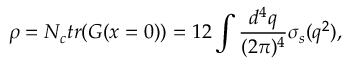
\rho = N _ { c } t r ( G ( x = 0 ) ) = 1 2 \int \frac { d ^ { 4 } q } { ( 2 \pi ) ^ { 4 } } \sigma _ { s } ( q ^ { 2 } ) ,